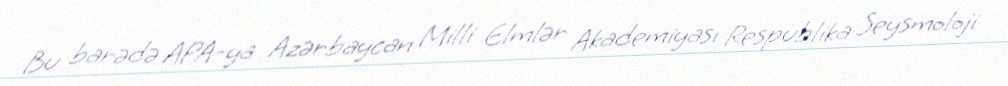
Bu barədə APA-ya Azərbaycan Milli Elmlər Akademiyası Respublika Seysmoloji